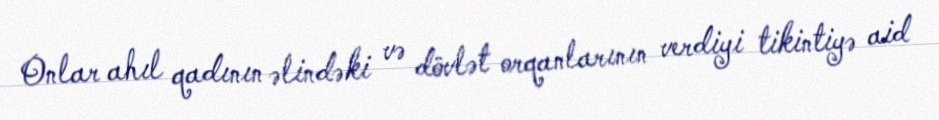
Onlar ahıl qadının əlindəki və dövlət orqanlarının verdiyi tikintiyə aid